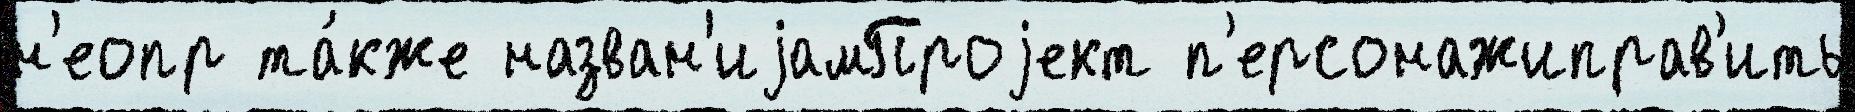
н'еопр та́кже назван'иjамПроjект п'ерсонажиправ'ить